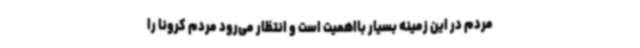
مردم در این زمینه بسیار بااهمیت است و انتظار می‌رود مردم کرونا را